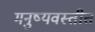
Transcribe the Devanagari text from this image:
मनुष्यवस्तीत